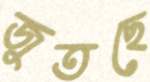
জুতছে